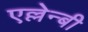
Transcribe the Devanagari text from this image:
एल्लेन्बी